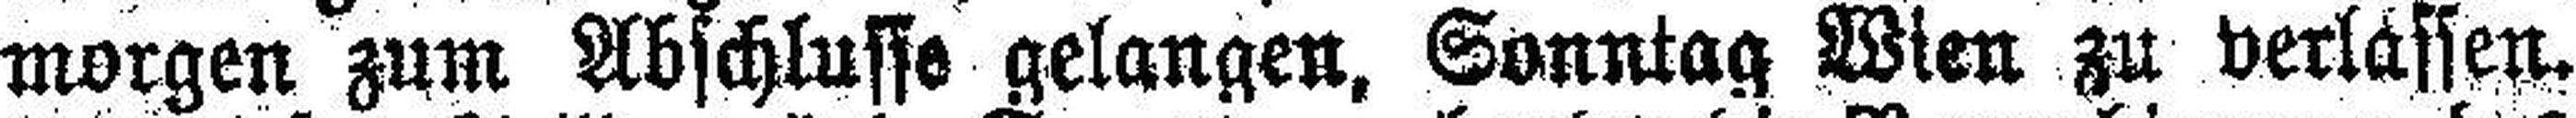
morgen zum Abschlusse gelangen. Sonntag Wien zu verlassen.